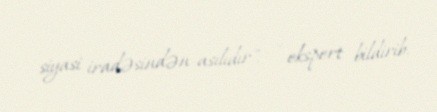
siyasi iradəsindən asılıdır", - ekspert bildirib.